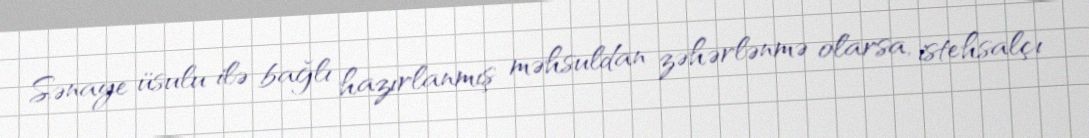
Sənaye üsulu ilə bağlı hazırlanmış məhsuldan zəhərlənmə olarsa, istehsalçı